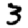
Digit: 3